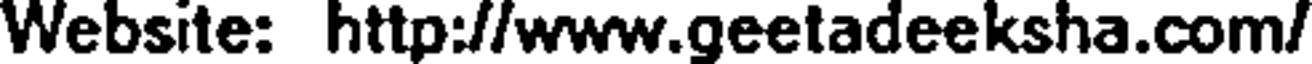
Website: http://www.geetadeeksha.com/